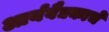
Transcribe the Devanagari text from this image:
आर्यवैद्यकाचे